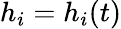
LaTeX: h_{i}=h_{i}(t)